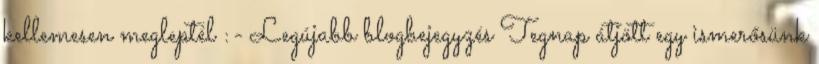
kellemesen megleptél :- Legújabb blogbejegyzés Tegnap átjött egy ismerősünk